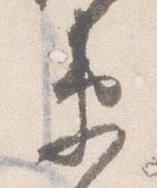
衛